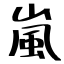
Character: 嵐